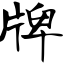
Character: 牌